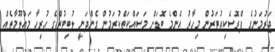
ޖަރުމަނުގެ ޕްރޮސެކިއުޓަރުން މިހާރު އެންމެ ބޮޑަށް މަސައްކަތްކުރަމުން ގެންދަނީ ލުބިޓުޒްގެ ހުރިހާ މައުލޫމާތެއް